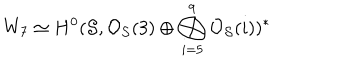
LaTeX: W _ { 7 } \simeq H ^ { 0 } ( { \cal S } , { \cal O } _ { \cal S } ( 3 ) \oplus \bigoplus _ { i = 5 } ^ { 9 } { \cal O } _ { \cal S } ( i ) ) ^ { * }